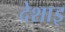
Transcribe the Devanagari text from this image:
देशाइ